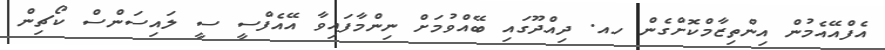
އެފްއޭއެމުން އިންތިޒާމްކޮށްގެން ހއ. ދިއްދޫގައި ބޭއްވުމަށް ނިންމާފައިވާ އޭއެފްސީ ސީ ލައިސަންސް ކޯޗިން